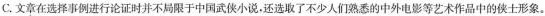
C.文章在选择事例进行论证时并不局限于中国武侠小说，还选取了不少人们熟悉的中外电影等艺术作品中的侠士形象。